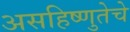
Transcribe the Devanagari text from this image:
असहिष्णुतेचे